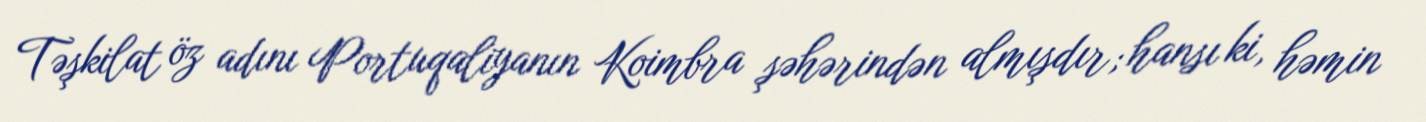
Təşkilat öz adını Portuqaliyanın Koimbra şəhərindən almışdır; hansı ki, həmin